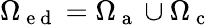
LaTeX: \Omega_{\mathrm{~e~d~}}=\Omega_{\mathrm{~a~}}\cup\Omega_{\mathrm{~c~}}